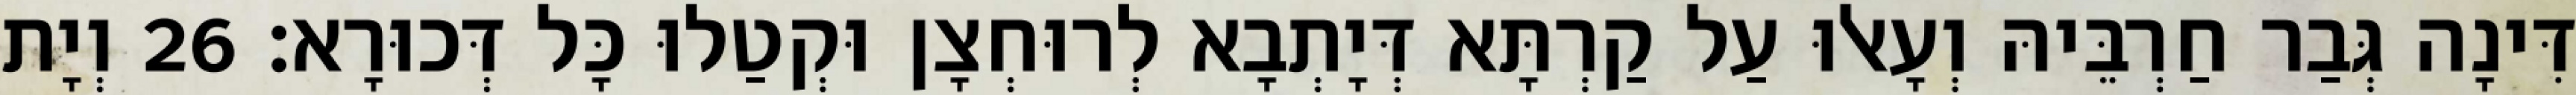
דִּינָה גְּבַר חַרְבֵּיהּ וְעָאלוּ עַל קַרְתָּא דְּיָתְבָא לְרוּחְצָן וּקְטַלוּ כָּל דְּכוּרָא׃ 26 וְיָת